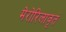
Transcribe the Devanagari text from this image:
मेरोरिलावृतं